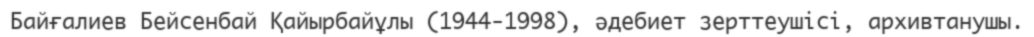
Байғалиев Бейсенбай Қайырбайұлы (1944-1998), әдебиет зерттеушісі, архивтанушы.